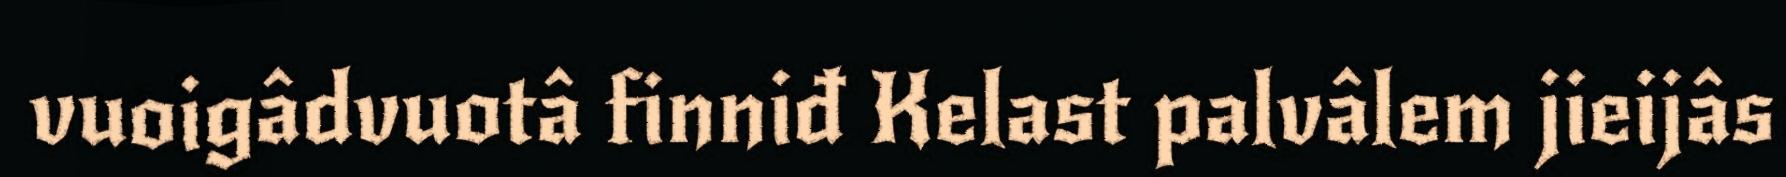
vuoigâdvuotâ finniđ Kelast palvâlem jieijâs